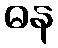
ဓန